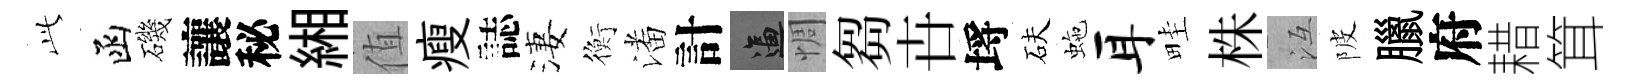
𬼘函磯讓秘緗值瘦誌淒衡潘計逼惆芻卋埓砆虵耳畦株冱陂臘府耤䇯